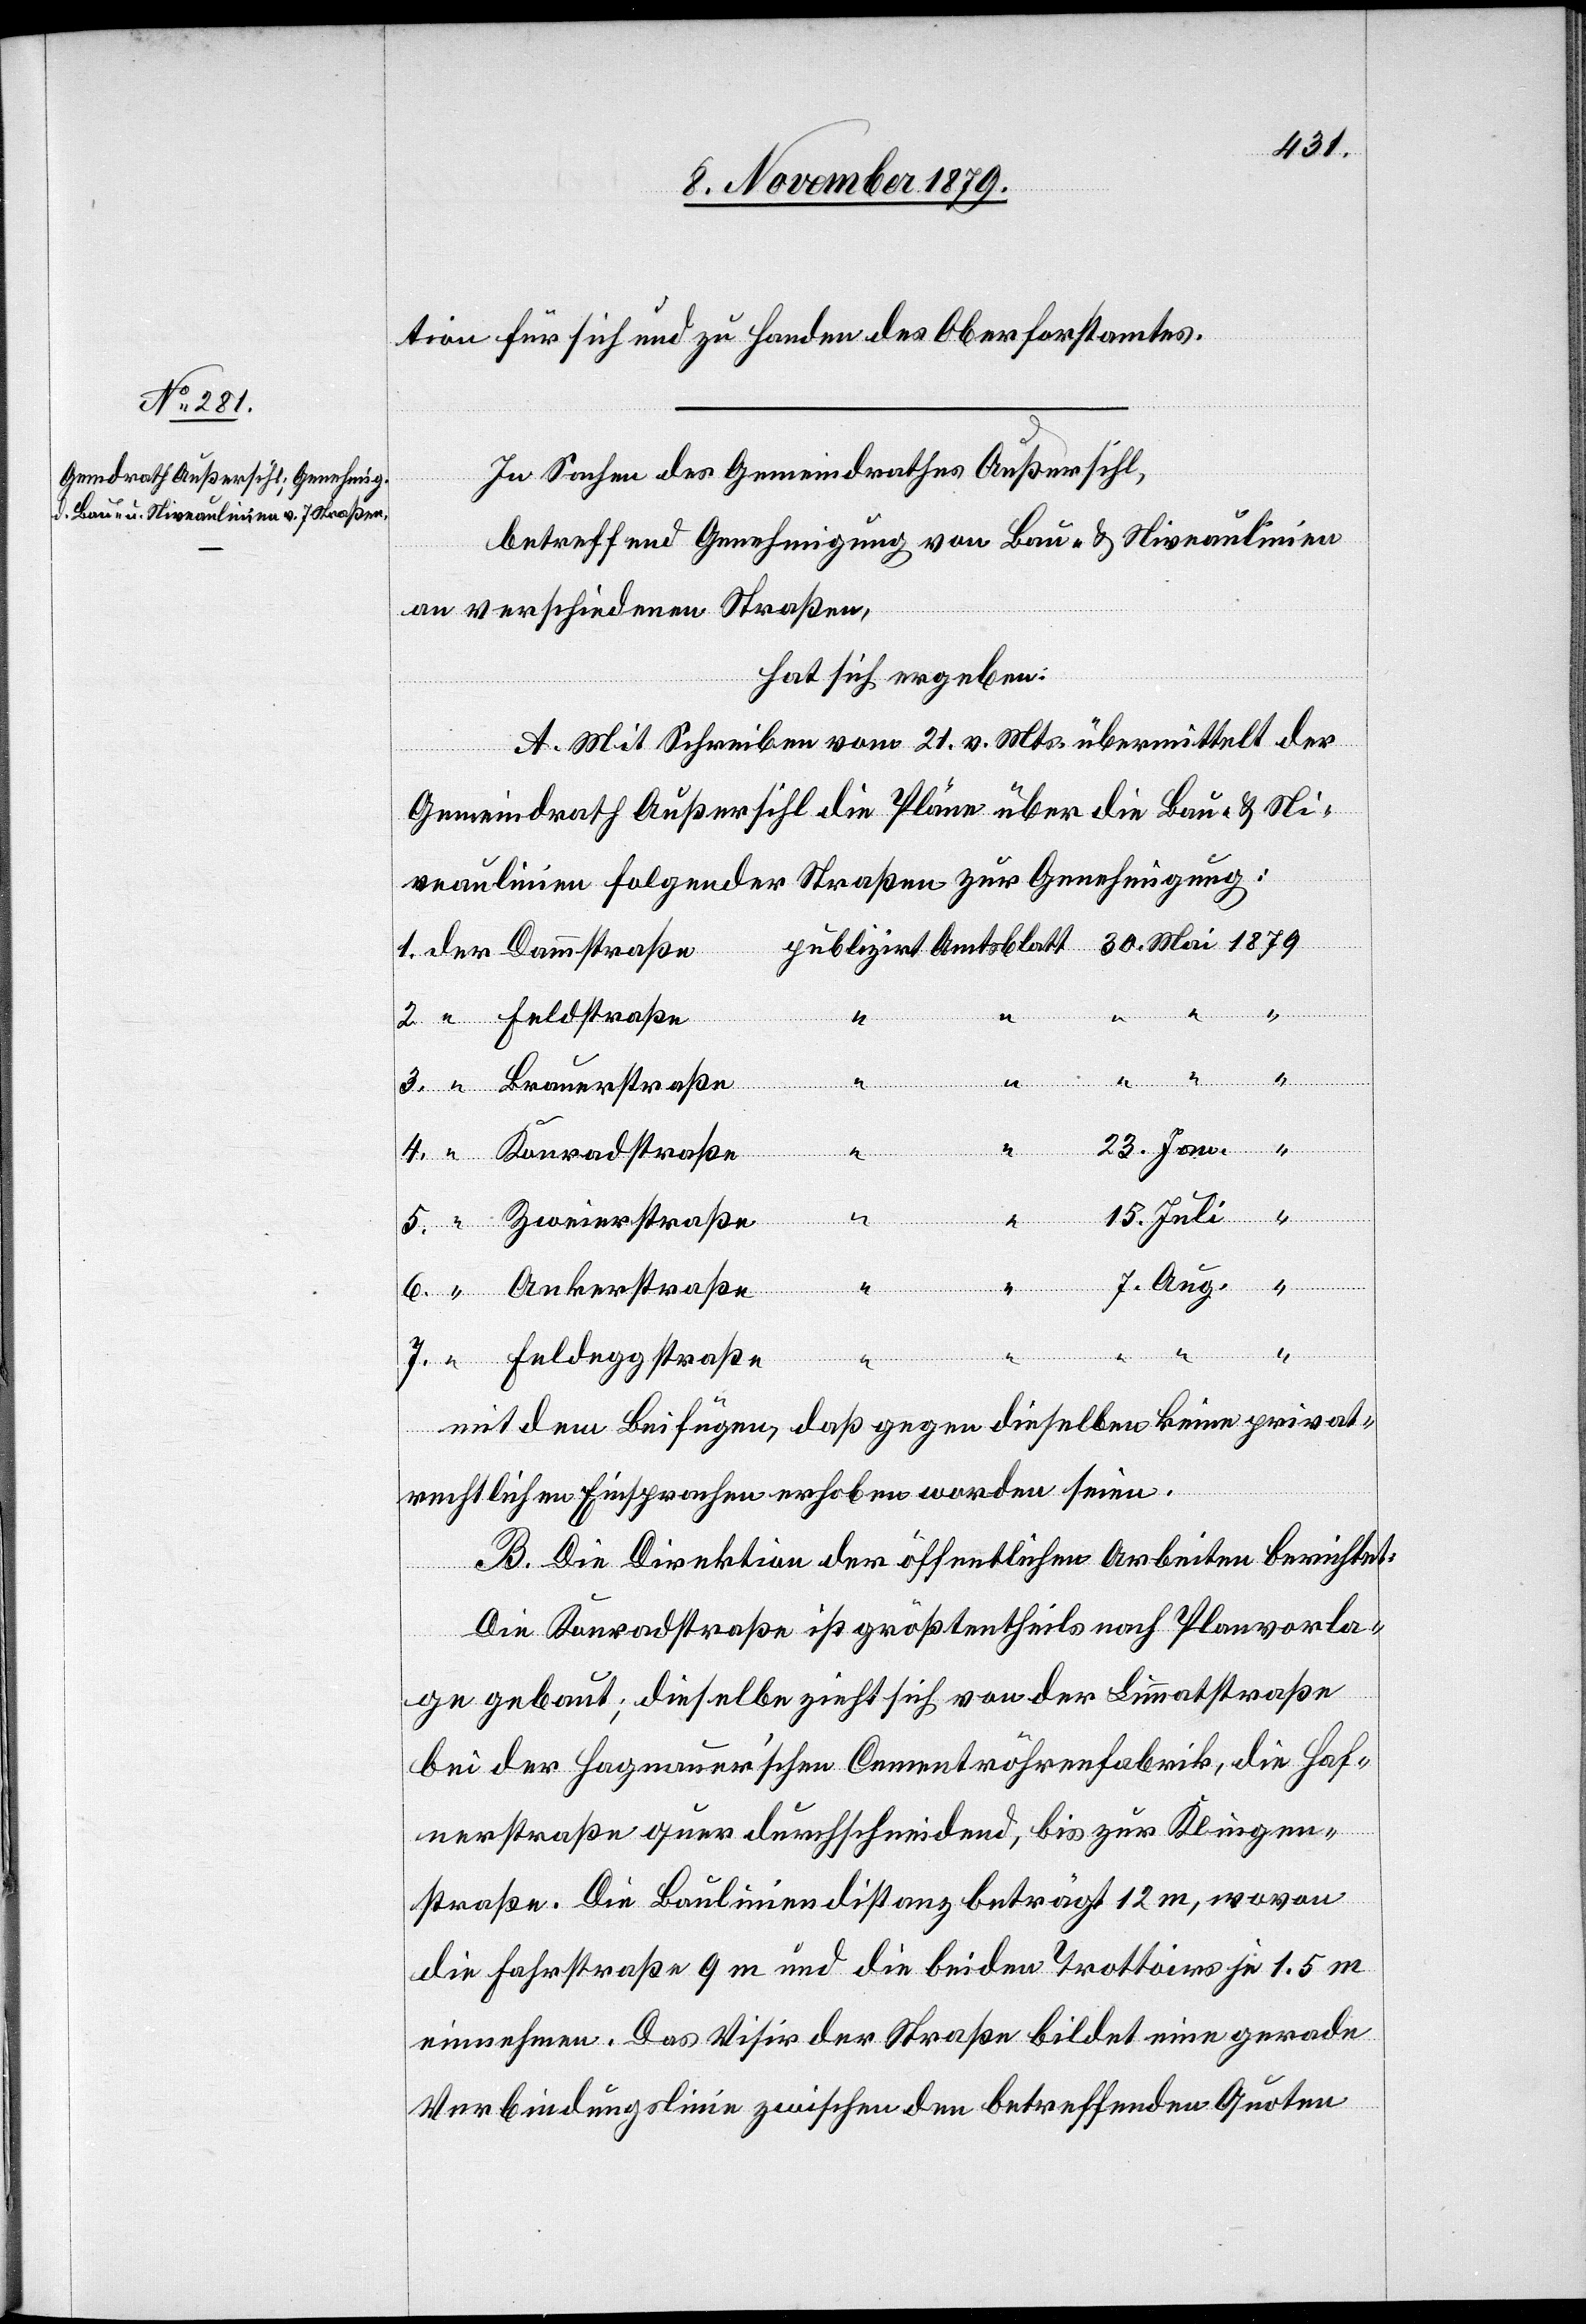
1879
tion für sich und zu Handen des Oberforstamtes.
In Sachen des Gemeindrathes Außersihl,
betreffend Genehmigung von Bau- & Niveaulinien
an verschiedenen Straßen,
hat sich ergeben:
A. Mit Schreiben vom 21. v. Mts. übermittelt der
Mai
Gemeindrath Außersihl die Pläne über die Bau- & Ni¬
veaulinien folgender Straßen zur Genehmigung:
23.
7.
4.
Feldstraße
Brauerstraße
6.
Ankerstraße
7.
Feldeggstraße
Aug.
mit dem Beifügen, daß gegen dieselben keine privat¬
rechtlichen Einsprachen erhoben worden seien.
B. Die Direktion der öffentlichen Arbeiten berichtet:
Die Konradstraße ist größtentheils nach Planvorla¬
ge gebaut; dieselbe zieht sich von der Limmatstraße
bei der Hagenauer’schen Cementröhrenfabrik, die Haf¬
nerstraße quer durchschneidend, bis zur Klingen¬
straße. Die Bauliniendistanz beträgt 12 m, wovon
die Fahrstraße 9 m und die beiden Trottoirs je 1.5 m
einnehmen. Das Visir der Straße bildet eine gerade
Verbindungslinie zwischen den betreffenden Quoten